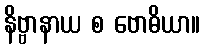
နိဗ္ဗာနာယ စ ဗောဓိယာ။